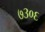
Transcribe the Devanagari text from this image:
७३०६